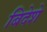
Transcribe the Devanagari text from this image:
बिदेशे